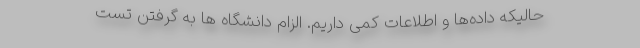
حالیکه داده‌ها و اطلاعات کمی داریم. الزام دانشگاه ها به گرفتن تست